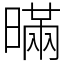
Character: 暪